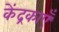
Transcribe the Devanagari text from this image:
केंद्रकाएँ